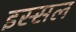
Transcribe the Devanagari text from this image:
इस्सल